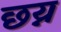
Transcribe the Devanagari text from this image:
छय्न